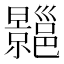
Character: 𢀍